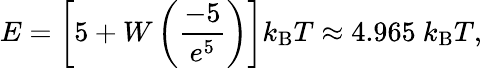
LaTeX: E=\left[5+W\left({\frac{-5}{e^{5}}}\right)\right]k_{\mathrm{B}}T\approx 4.965\ k_{\mathrm{B}}T,